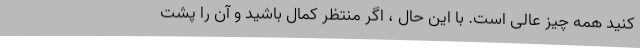
کنید همه چیز عالی است. با این حال ، اگر منتظر کمال باشید و آن را پشت